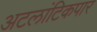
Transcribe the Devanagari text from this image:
अटलांटिकपार